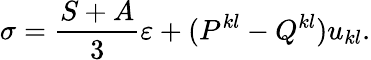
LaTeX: \sigma=\frac{S+A}3\varepsilon+(P^{kl}-Q^{kl})u_{kl}.